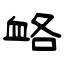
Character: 衉